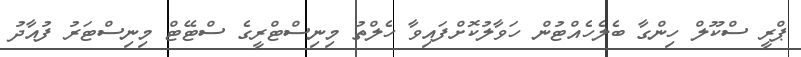
ޕްރީ ސްކޫލް ހިންގާ ބެލެހެއްޓުން ހަވާލުކޮށްފައިވާ ހެލްތު މިނިސްޓްރީގެ ސްޓޭޓް މިނިސްޓަރު ފުއާދު